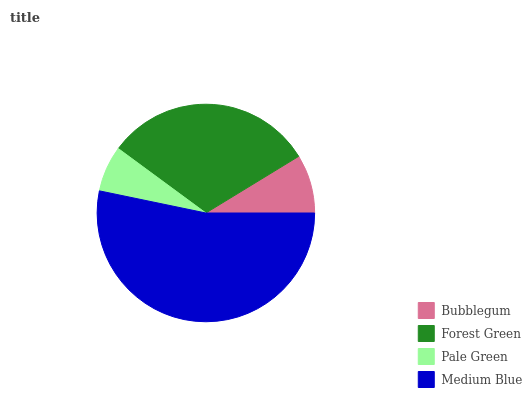
| Bubblegum | Forest Green | Pale Green | Medium Blue |
 | --- | --- | --- | --- |
 | 8.72% | 31.2% | 6.82% | 53.3% |